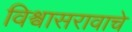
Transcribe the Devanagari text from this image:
विश्वासरावाचे